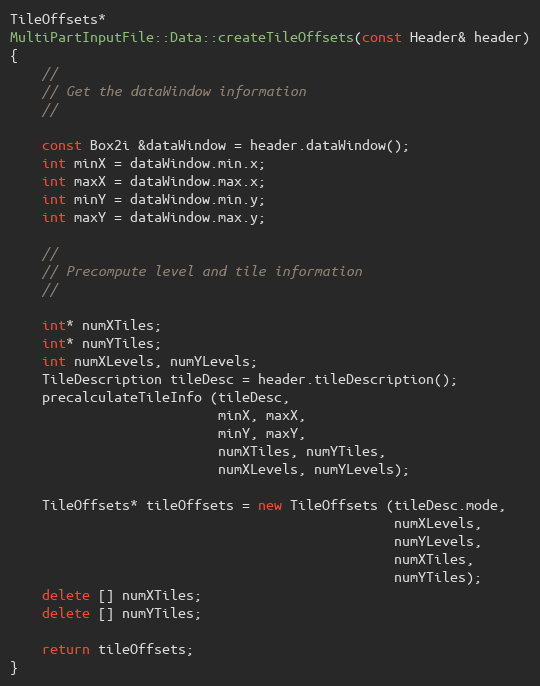
Language: C++
TileOffsets*
MultiPartInputFile::Data::createTileOffsets(const Header& header)
{
    //
    // Get the dataWindow information
    //

    const Box2i &dataWindow = header.dataWindow();
    int minX = dataWindow.min.x;
    int maxX = dataWindow.max.x;
    int minY = dataWindow.min.y;
    int maxY = dataWindow.max.y;

    //
    // Precompute level and tile information
    //

    int* numXTiles;
    int* numYTiles;
    int numXLevels, numYLevels;
    TileDescription tileDesc = header.tileDescription();
    precalculateTileInfo (tileDesc,
                          minX, maxX,
                          minY, maxY,
                          numXTiles, numYTiles,
                          numXLevels, numYLevels);

    TileOffsets* tileOffsets = new TileOffsets (tileDesc.mode,
                                                numXLevels,
                                                numYLevels,
                                                numXTiles,
                                                numYTiles);
    delete [] numXTiles;
    delete [] numYTiles;

    return tileOffsets;
}